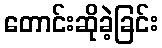
တောင်းဆိုခဲ့ခြင်း